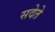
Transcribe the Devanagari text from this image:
सदेते